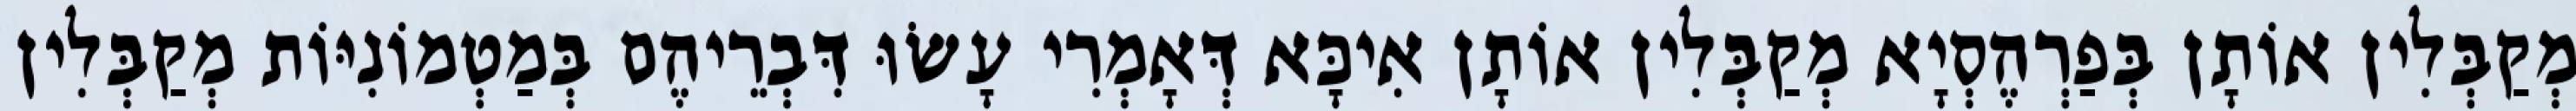
מְקַבְּלִין אוֹתָן בְּפַרְהֶסְיָא מְקַבְּלִין אוֹתָן אִיכָּא דְּאָמְרִי עָשׂוּ דִּבְרֵיהֶם בְּמַטְמוֹנִיּוֹת מְקַבְּלִין